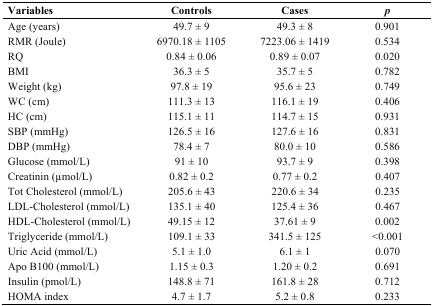
| Variables | Controls | Cases | p |
 | --- | --- | --- | --- |
 | Age (years) | 49.7 ± 9 | 49.3 ± 8 | 0.901 |
 | RMR (Joule) | 6970.18 ± 1105 | 7223.06 ± 1419 | 0.534 |
 | RQ | 0.84 ± 0.06 | 0.89 ± 0.07 | 0.020 |
 | BMI | 36.3 ± 5 | 35.7 ± 5 | 0.782 |
 | Weight (kg) | 97.8 ± 19 | 95.6 ± 23 | 0.749 |
 | WC (cm) | 111.3 ± 13 | 116.1 ± 19 | 0.406 |
 | HC (cm) | 115.1 ± 11 | 114.7 ± 15 | 0.931 |
 | SBP (mmHg) | 126.5 ± 16 | 127.6 ± 16 | 0.831 |
 | DBP (mmHg) | 78.4 ± 7 | 80.0 ± 10 | 0.586 |
 | Glucose (mmol/L) | 91 ± 10 | 93.7 ± 9 | 0.398 |
 | Creatinin (μmol/L) | 0.82 ± 0.2 | 0.77 ± 0.2 | 0.407 |
 | Tot Cholesterol (mmol/L) | 205.6 ± 43 | 220.6 ± 34 | 0.235 |
 | LDL-Cholesterol (mmol/L) | 135.1 ± 40 | 125.4 ± 36 | 0.467 |
 | HDL-Cholesterol (mmol/L) | 49.15 ± 12 | 37.61 ± 9 | 0.002 |
 | Triglyceride (mmol/L) | 109.1 ± 33 | 341.5 ± 125 | <0.001 |
 | Uric Acid (mmol/L) | 5.1 ± 1.0 | 6.1 ± 1 | 0.070 |
 | Apo B100 (mmol/L) | 1.15 ± 0.3 | 1.20 ± 0.2 | 0.691 |
 | Insulin (pmol/L) | 148.8 ± 71 | 161.8 ± 28 | 0.712 |
 | HOMA index | 4.7 ± 1.7 | 5.2 ± 0.8 | 0.233 |